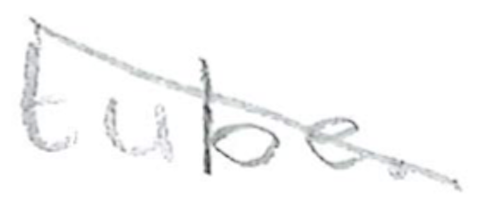
Text: tube.
Cross-out: diagonal
Writing tool: pencil